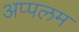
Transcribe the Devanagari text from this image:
अप्पलम